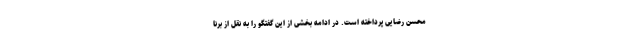
محسن رضایی پرداخته است. در ادامه بخشی از این گفتگو را به نقل از برنا